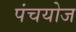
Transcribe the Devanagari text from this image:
पंचयोज